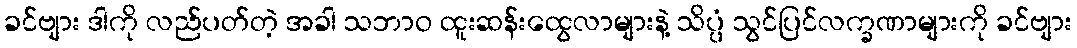
ခင်ဗျား ဒါကို လည်ပတ်တဲ့ အခါ သဘာဝ ထူးဆန်းထွေလာများနဲ့ သိပ္ပံ သွင်ပြင်လက္ခဏာများကို ခင်ဗျား